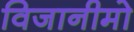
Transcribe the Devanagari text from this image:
विजानीमो